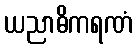
ယညာဓိကရဏံ